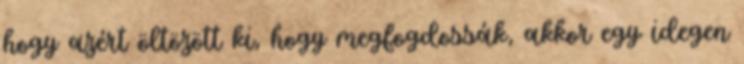
hogy azért öltözött ki, hogy megfogdossák, akkor egy idegen